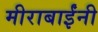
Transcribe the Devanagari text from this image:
मीराबाईंनी